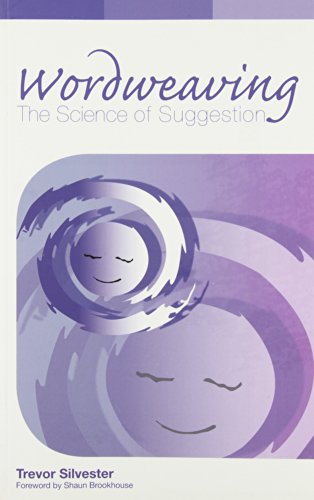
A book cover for Wordweaving: The Science of Suggestion - A Comprehensive Guide to Creating Hypnotic Language; Trevor Silvester; Health, Fitness & Dieting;